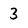
Character: 3